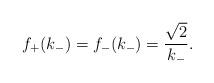
LaTeX: \begin{align*}f_{+}(k_{-})=f_{-}(k_{-})={\sqrt{2}\over k_{-}}.\end{align*}